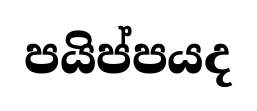
පයිප්පයද